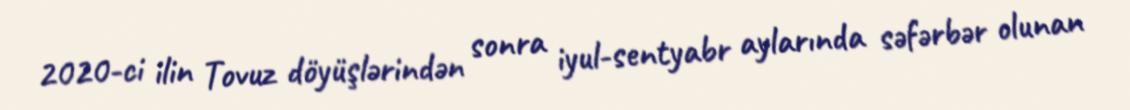
2020-ci ilin Tovuz döyüşlərindən sonra iyul-sentyabr aylarında səfərbər olunan